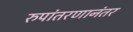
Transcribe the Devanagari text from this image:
रुपांतरणानंतर